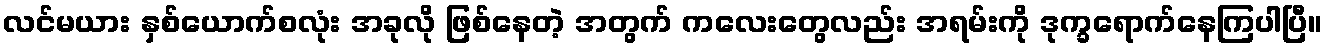
လင်မယား နှစ်ယောက်စလုံး အခုလို ဖြစ်နေတဲ့ အတွက် ကလေးတွေလည်း အရမ်းကို ဒုက္ခရောက်နေကြပါပြီ။